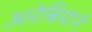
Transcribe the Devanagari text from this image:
अरेबियाने